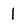
Character: 1